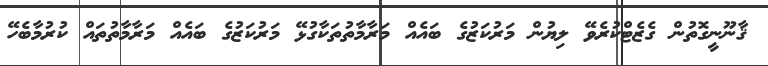
ޤާނޫނީގޮތުން ގެޒެޓްކުރެވޭ ލިޔުން މަރުކަޒުގެ ބައެއް މަރާމާތުތަކާގުޅޭ މަރުކަޒުގެ ބައެއް މަރާމާތުތައް ކުރުމާބެހޭ